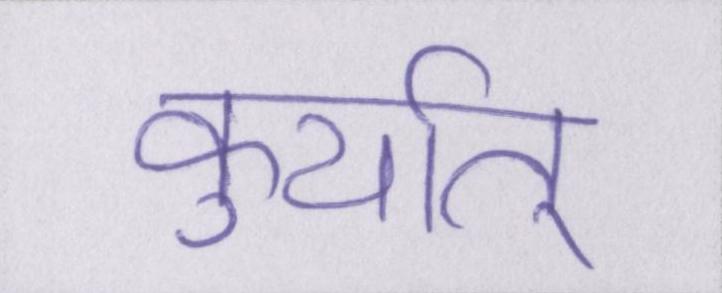
कुर्यात्